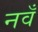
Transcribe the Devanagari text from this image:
नवँ